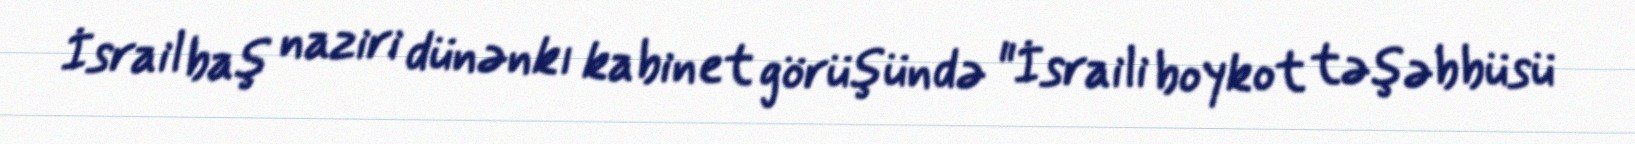
İsrail baş naziri dünənkı kabinet görüşündə "İsraili boykot təşəbbüsü